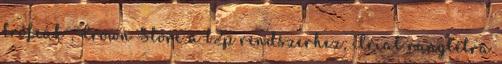
trófeák , Crown Store a b2p rendszerhez, Trial ranglétra